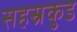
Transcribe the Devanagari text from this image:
सहस्रकुड